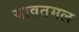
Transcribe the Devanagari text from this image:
यावतमल